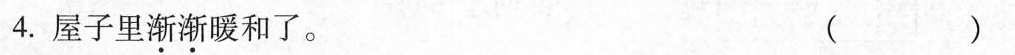
4.屋子里渐渐暖和了。( )